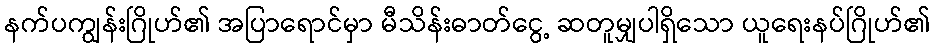
နက်ပကျွန်းဂြိုဟ်၏ အပြာရောင်မှာ မီသိန်းဓာတ်ငွေ့ ဆတူမျှပါရှိသော ယူရေးနပ်ဂြိုဟ်၏